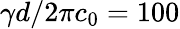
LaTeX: \gamma d/2\pi c_{0}=100